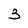
Character: 3